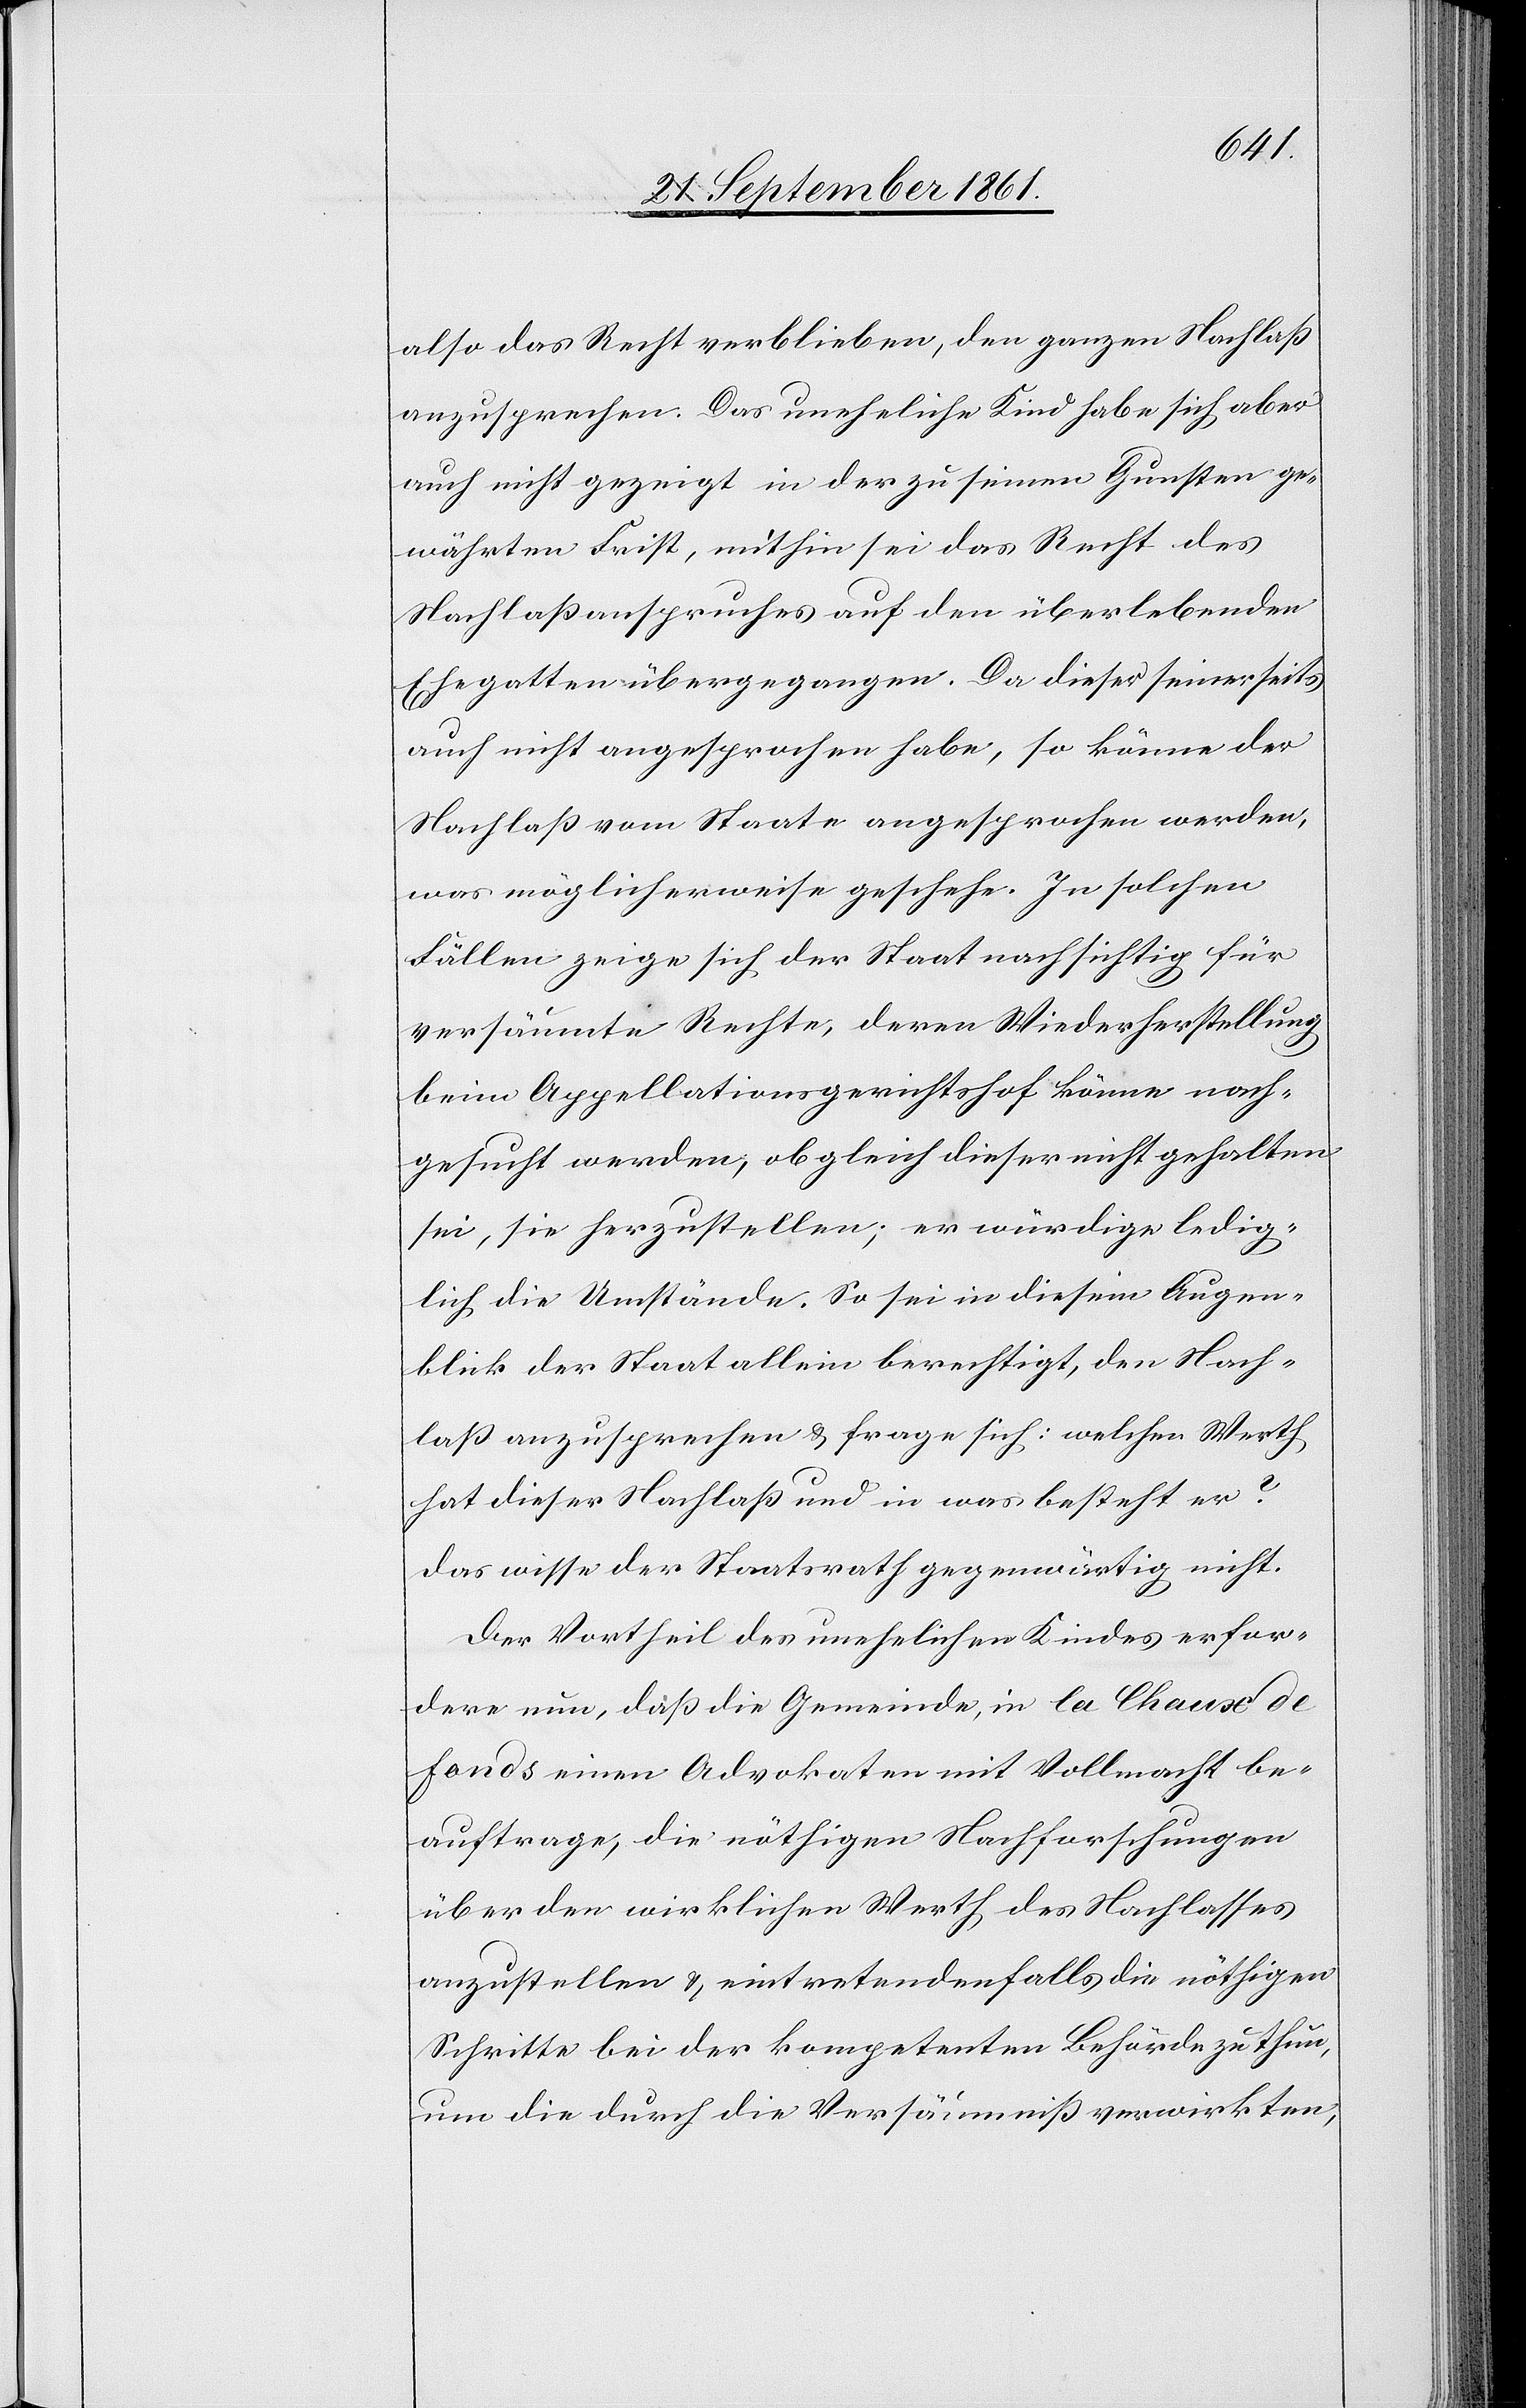
also das Recht verblieben, den ganzen Nachlaß
anzusprechen. Das uneheliche Kind habe sich aber
auch nicht gezeigt in der zu seinen Gunsten ge¬
währten Frist, mithin ist das Recht des
Nachlaßanspruches auf den überlebenden
Ehegatten übergegangen. Da dieser seinerseits
auch nicht angesprochen habe, so könne der
Nachlaß vom Staate angesprochen werden,
was möglicherweise geschehe. In solchen
Fällen zeige sich der Staat nachhaltig für
versäumte Rechte, deren Wiederherstellung
beim Appellationsgerichtshof könne nach¬
gesucht werden, obgleich dieser nicht gehalten
sei, sie herzustellen; er würdige ledig¬
lich die Umstände. So sei in diesem Augen¬
blick der Staat allein berechtigt, den Nach¬
laß auszusprechen u. frage sich: welcher Werth
hat dieser Nachlaß und in was besteht er?
Das wisse der Staatsrath gegenwärtig nicht.
Der Vortheil des unehelichen Kindes erfor¬
dere nun, daß die Gemeinde, in la Chaux de
Fonds einen Advokaten mit Vollmacht be¬
auftrage, die nöthigen Nachforschungen
über den wirklichen Werth des Nachlasses
anzustellen u. eintretendenfalls die nöthigen
Schritte bei der kompetenten Behörde zu thun,
um die durch die Versäumniß verwirkten,